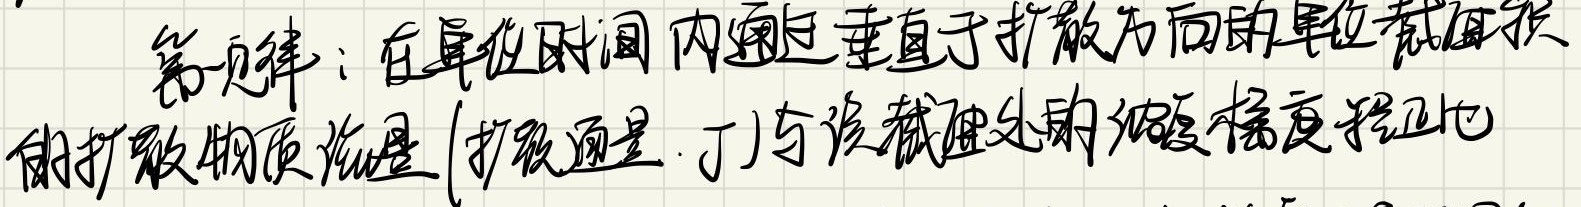
第一定律：在单位时间内通过垂直于扩散方向的单位截面积的扩散物质流量(扩散通量J)与该截面处的浓度梯度成正比